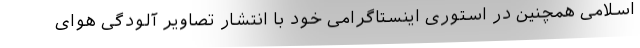
اسلامی همچنین در استوری اینستاگرامی خود با انتشار تصاویر آلودگی هوای